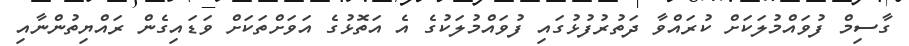
ގާސިމް ފުވައްމުލަކަށް ކުރައްވާ ދަތުރުފުޅުގައި ފުވައްމުލަކުގެ އެ އަތޮޅުގެ އަވަށްތަކަށް ވަޑައިގެން ރައްޔިތުންނާއި